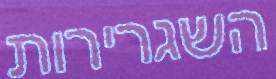
השגרירות